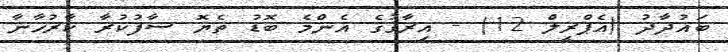
ބަޣުދާދު (އެޕްރީލް 12) - އިރާގުގެ އެންމެ ބޮޑު ތެޔޮ ސާފުކުރާ ކާރުޚާނާ